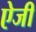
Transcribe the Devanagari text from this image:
ऐजी